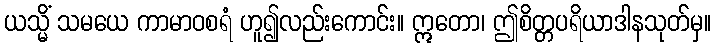
ယသ္မိံ သမယေ ကာမာဝစရံ ဟူ၍လည်းကောင်း။ ဣတော၊ ဤစိတ္တပရိယာဒါနသုတ်မှ။